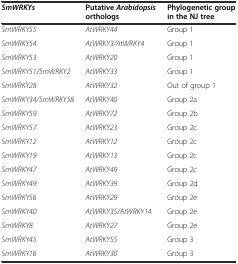
<table><thead><tr><td><b><i>SmWRKYs</i></b></td><td><b>Putative<i>Arabidopsis</i>orthologs</b></td><td><b>Phylogenetic group in the NJ tree</b></td></tr></thead><tbody><tr><td><i>SmWRKY55</i></td><td><i>AtWRKY44</i></td><td>Group 1</td></tr><tr><td><i>SmWRKY54</i></td><td><i>AtWRKY3/AtWRKY4</i></td><td>Group 1</td></tr><tr><td><i>SmWRKY53</i></td><td><i>AtWRKY20</i></td><td>Group 1</td></tr><tr><td><i>SmWRKY51/SmWRKY2</i></td><td><i>AtWRKY33</i></td><td>Group 1</td></tr><tr><td><i>SmWRKY28</i></td><td><i>AtWRKY32</i></td><td>Out of group 1</td></tr><tr><td><i>SmWRKY34/SmWRKY58</i></td><td><i>AtWRKY40</i></td><td>Group 2a</td></tr><tr><td><i>SmWRKY59</i></td><td><i>AtWRKY72</i></td><td>Group 2b</td></tr><tr><td><i>SmWRKY57</i></td><td><i>AtWRKY23</i></td><td>Group 2c</td></tr><tr><td><i>SmWRKY12</i></td><td><i>AtWRKY12</i></td><td>Group 2c</td></tr><tr><td><i>SmWRKY19</i></td><td><i>AtWRKY13</i></td><td>Group 2c</td></tr><tr><td><i>SmWRKY47</i></td><td><i>AtWRKY49</i></td><td>Group 2c</td></tr><tr><td><i>SmWRKY49</i></td><td><i>AtWRKY39</i></td><td>Group 2d</td></tr><tr><td><i>SmWRKY56</i></td><td><i>AtWRKY29</i></td><td>Group 2e</td></tr><tr><td><i>SmWRKY40</i></td><td><i>AtWRKY35/AtWRKY14</i></td><td>Group 2e</td></tr><tr><td><i>SmWRKY8</i></td><td><i>AtWRKY27</i></td><td>Group 2e</td></tr><tr><td><i>SmWRKY45</i></td><td><i>AtWRKY55</i></td><td>Group 3</td></tr><tr><td><i>SmWRKY16</i></td><td><i>AtWRKY30</i></td><td>Group 3</td></tr></tbody></table>